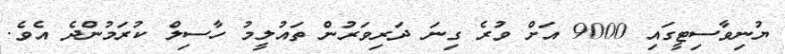
ޔުނިވާސިޓީގައި 9000 އަށް ވުރެ ގިނަ ދަރިވަރުން ތައުލީމު ހާސިލް ކުރަމުންދެ އެވެ.